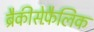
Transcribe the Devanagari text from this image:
ब्रैकीसेफ़ैलिक